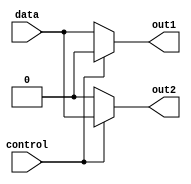
module demux_1to2 (
    input wire control,   // control signal
    input wire data,      // input signal
    output reg out1,      // output 1
    output reg out2       // output 2
);

// Combinational logic to determine the output based on the control signal
always @*
begin
    if (control == 1'b0) begin
        out1 = data;
        out2 = 1'b0;
    end else begin
        out1 = 1'b0;
        out2 = data;
    end
end

endmodule